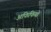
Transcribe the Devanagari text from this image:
अफिफियो